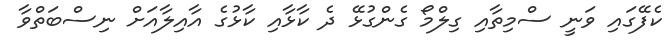
ކެފޭގައި ވަނީ ސްމިތާއި ގިލްމޯ ގެންގުޅޭ ދެ ކާޅާއި ކާޅުގެ އާއިލާއަށް ނިސްބަތްވާ